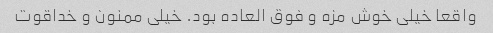
واقعا خیلی خوش مزه و فوق العاده بود. خیلی ممنون و خداقوت